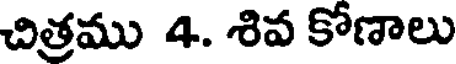
చిత్రము 4. శివ కోణాలు